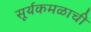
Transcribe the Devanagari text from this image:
सूर्यकमळाची